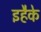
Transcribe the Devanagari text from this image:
इहैके